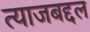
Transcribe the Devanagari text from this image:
त्याजबद्दल